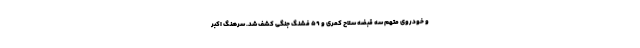
و خودروی متهم سه قبضه سلاح کمری و ۵۹ فشنگ جنگی کشف شد. سرهنگ اکبر